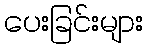
ပေးခြင်းများ